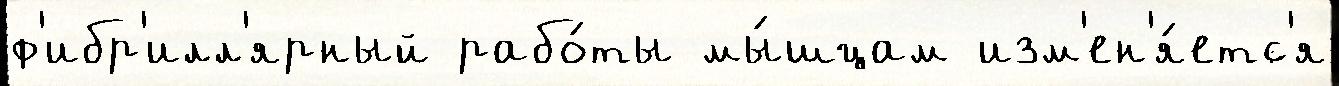
ф'ибр'илл'ярный рабо́ты мы́шцам изм'ен'я́етс'я